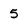
Character: 5